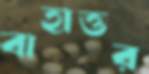
বাহাত্তর